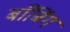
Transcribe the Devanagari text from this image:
बाँबिंग